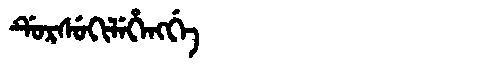
Manchu: ᡩᡠᡵᠰᡠᡴᡳᠯᡝᡥᡝᠩᡤᡝ
Romanization: DURSUKILEHENGGE